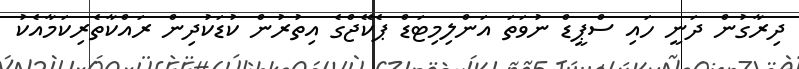
ދިރާގުން ދަނީ ހައި ސްޕީޑް ނުވަތަ އަންލިމިޓަޑް ޕެކޭޖްގެ އިތުރުން ކުޑަކުދިން ރައްކާތެރިކަމާއެކު